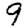
Digit: 9